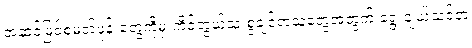
အဆင့်မြင့်စမတ်ဖုန်းတွေကိုမှ ကိုင်တွယ်သုံးစွဲချင်တဲ့သူတွေအတွက် ရွေးချယ်သင့်တဲ့